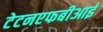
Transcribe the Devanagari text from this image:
टेटनएफबीआई